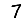
Digit: 7